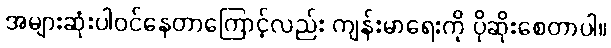
အများဆုံးပါဝင်နေတာကြောင့်လည်း ကျန်းမာရေးကို ပိုဆိုးစေတာပါ။